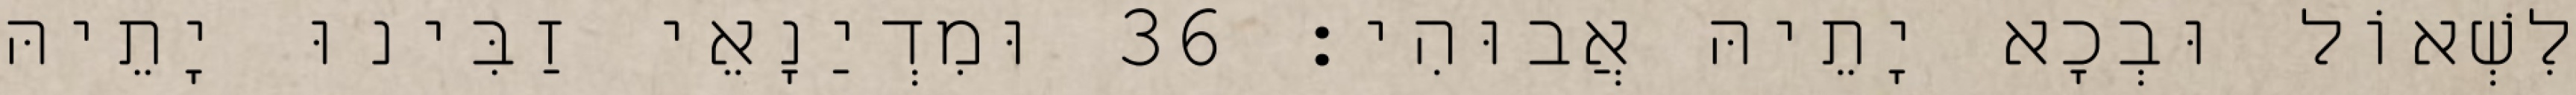
לִשְׁאוֹל וּבְכָא יָתֵיהּ אֲבוּהִי׃ 36 וּמִדְיַנָאֵי זַבִּינוּ יָתֵיהּ